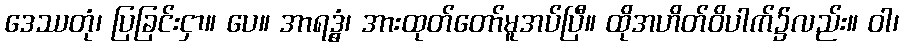
ဒေဿတုံ၊ ပြခြင်းငှာ။ ပေ။ အာရဒ္ဓွံ၊ အားထုတ်တော်မူအပ်ပြီ။ ထိုအဟိတ်ဝိပါက်၌လည်း။ ဝါ၊